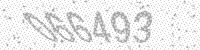
Solution: 066493